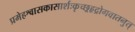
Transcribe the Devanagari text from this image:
प्रमेहश्वासकासार्शःकृच्छ्रहृद्रोगवातनुत्